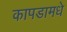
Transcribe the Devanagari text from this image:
कापडामधे